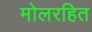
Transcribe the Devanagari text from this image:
मोलरहित